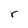
Character: r